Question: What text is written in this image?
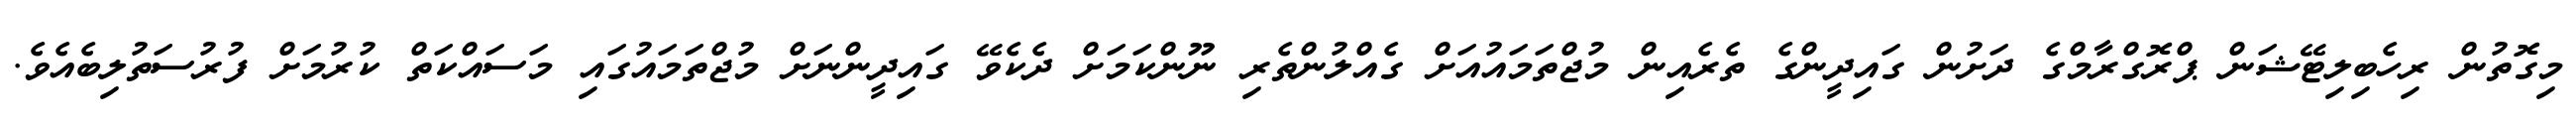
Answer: މިގޮތުން ރިހެބިލިޓޭޝަން ޕްރޮގްރާމްގެ ދަށުން ގައިދީންގެ ތެރެއިން މުޖްތަމައުއަށް ގެއްލުންތެރި ނޫންކަމަށް ދެކެވޭ ގައިދީންނަށް މުޖްތަމައުގައި މަސައްކަތް ކުރުމަށް ފުރުސަތުލިބެއެވެ.